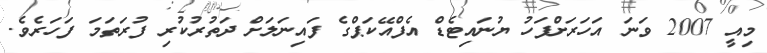
މިއީ 2007 ވަނަ އަހަރަށްފަހު ޔުނައިޓެޑް އެފްއޭކަޕްގެ ފައިނަލަށް ދަތުރުކުރި ފުރަތަމަ ފަހަރެވެ.